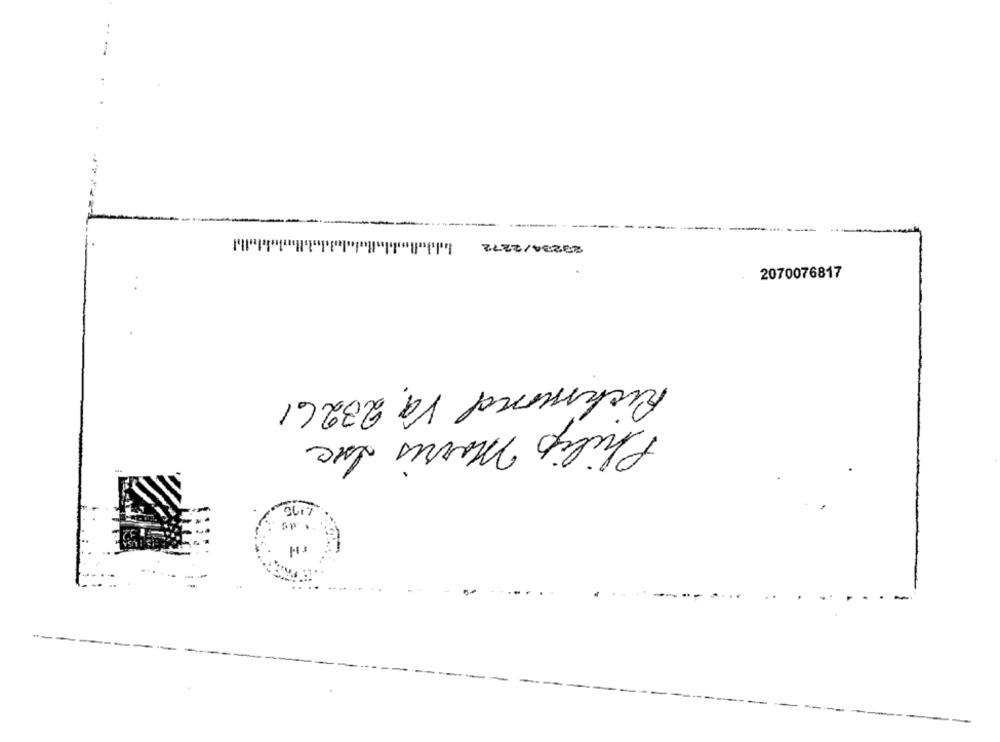
. .
2070076817
Richmond Va 23261
Philip Morris Luc
r M
-